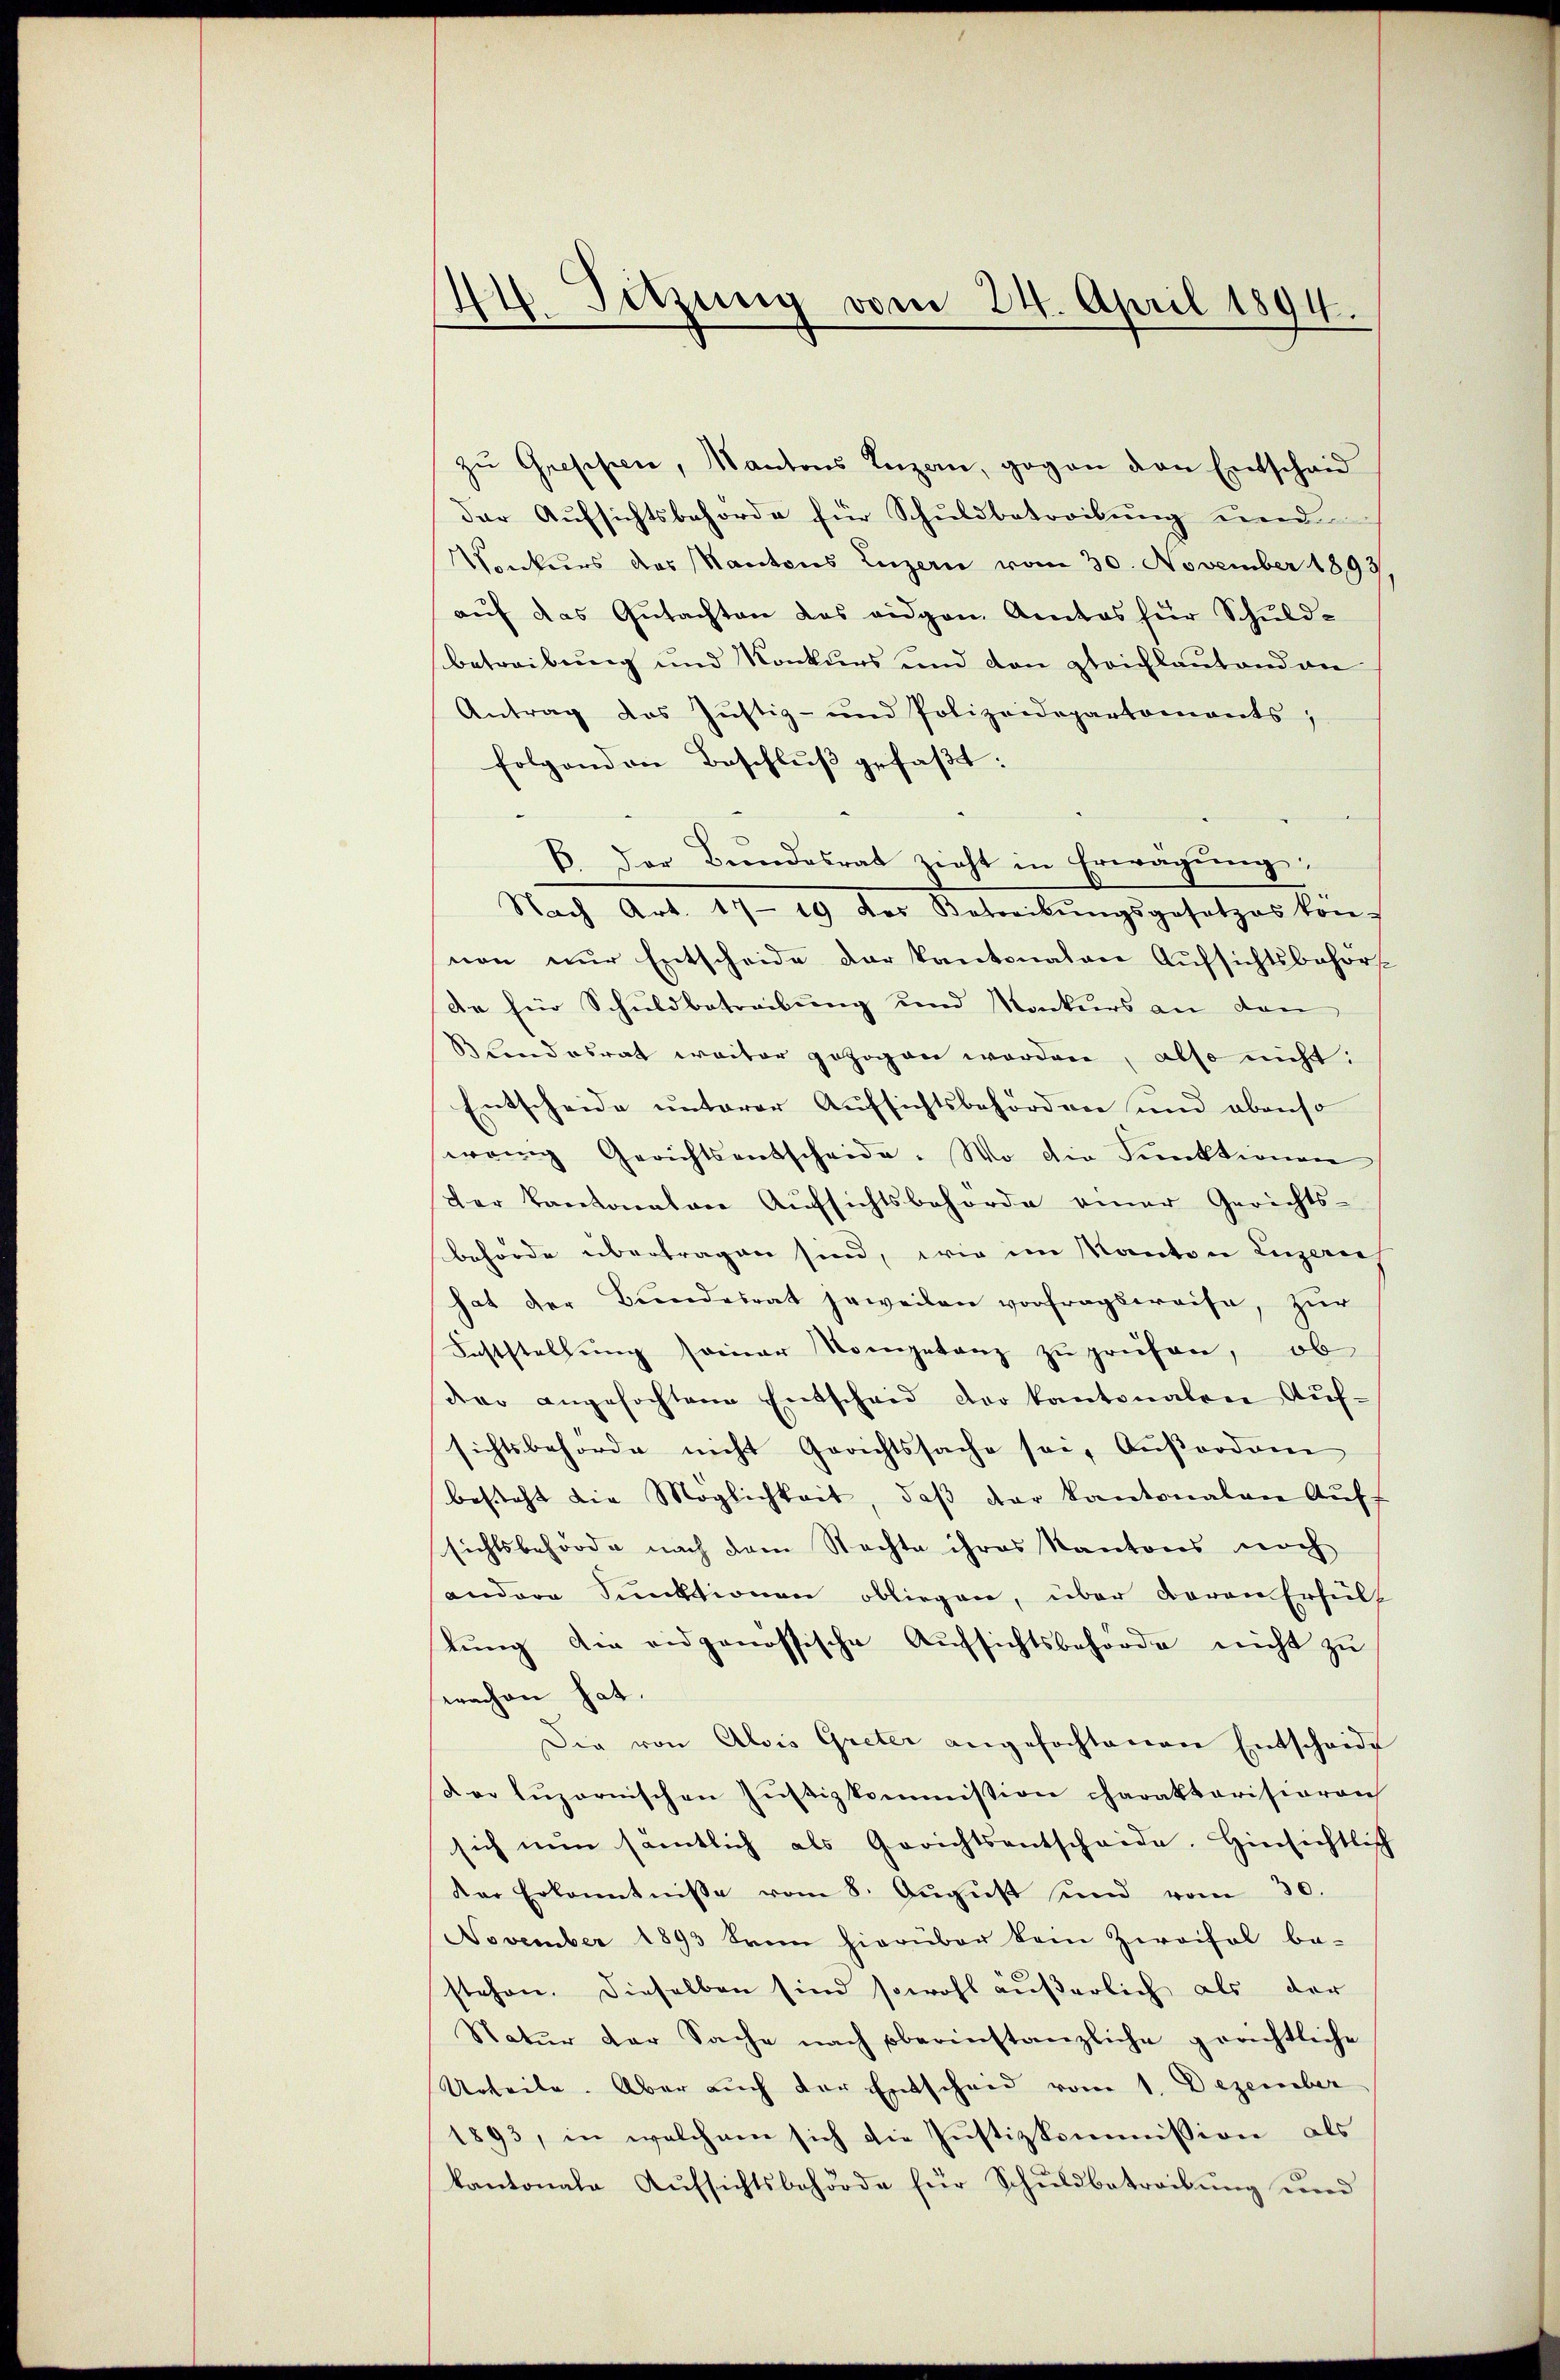
44 Sitzung vom 24. April 1894.

zu Gresisten, Kantons Luzern, gegen den Entschaid
der Aufsichtsbehörde für Schuldbetreibung und
Konkurs des Kantons Luzern vom 30. November 1893
aŭf das Gutachten des eidgen. Amtes für Schuld-
Betreibung und Konkurs und den gleichlautend an
Antrag des Jŭstiz- und Polizeidepartements,
folgenden Beschluß gefaßt:
B. Der Bŭndesrat zieht in Erwägŭng:
Nach Art. Der Betreibungsgesetzes kon-
nen nur Entscheide der kantonalen Aufsichtsbehörde für Schuldbetreibung und Nackers an dem
Blandesrat weiter gezogen worden, also nicht:
Entscheide unterer Aufsichtsbehörden und ebenso
wenig Gerichtsentscheide. Wo die Funktionen
der Kantonalen Aŭfsichtsbehörde einer Gerichts-
behörde übertragen sind, wie im Kanton Luzern,
hat der Bŭndesrat jeweilen vorfragsweise, zŭr
Saststellung seiner Kompetanz zu prüfen, ob
dere angefochtene Entscheid der Kantonalen Auf-
sichtsbehörde nicht Gerichtssache sei, Außerdonn
besteht die Möglichkeit, daß der Kantonalen Aufsichtsbehörde nach dem Nachte ihres Kantons noch
andere Funktionen obliegen, über Baron Erfüll
tŭng die eidgenössische Aŭfsichtsbehörde nicht zu
erachen hat.
Die von Alois Greter angefochtenen Entscheide
der Lŭzernischen Jŭstizkommission charaktarisionen
sich nun samtlich als Gerichtsentscheide. Hinsichtlich
der Erkenntnisse vom 8. Aŭgŭst und vom 30.
November 1893 kram hierüber kein Zweifel be-
stehen. Dieselben sind sowohl äußerlich als der
Natur der Sache nach oberinstanzliche geachtliche
Urteile. Aber auch der Entscheid vom 1. Dezember
1893, in welchem sich die Justizkommission als
kantonale Aufsichtsbehörde für Schuldbetreibung und